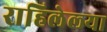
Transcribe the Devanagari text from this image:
राहिलेल्‍या